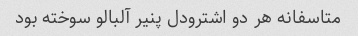
متاسفانه هر دو اشترودل پنیر آلبالو سوخته بود